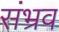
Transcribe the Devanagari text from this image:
संभ्रव